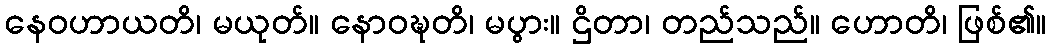
နေဝဟာယတိ၊ မယုတ်။ နောဝဍ္ဎတိ၊ မပွား။ ဌိတာ၊ တည်သည်။ ဟောတိ၊ ဖြစ်၏။